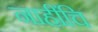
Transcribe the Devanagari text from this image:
नाहींचि